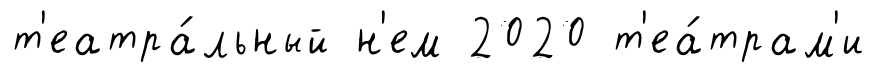
т'еатра́льный н'ем 2020 т'еа́трам'и